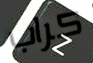
كراب